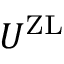
U ^ { \mathrm { Z L } }